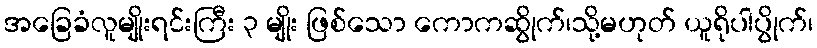
အခြေခံလူမျိုးရင်းကြီး ၃ မျိုး ဖြစ်သော ကောကဆွိုက်၊သို့မဟုတ် ယူရိုပါပွိုက်၊